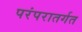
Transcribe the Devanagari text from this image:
परंपरातर्गत